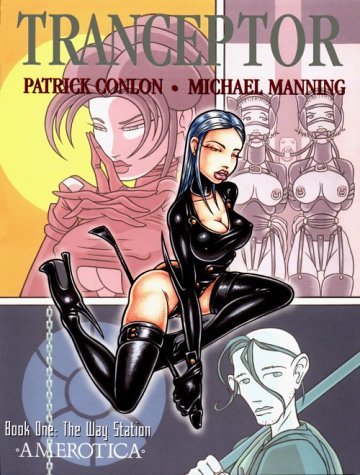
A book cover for Tranceptor: The Way Station (Tranceptor Book One); Micheal Manning; Comics & Graphic Novels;